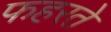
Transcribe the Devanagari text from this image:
फहरते